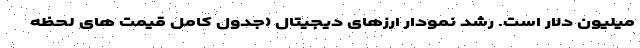
میلیون دلار است. رشد نمودار ارزهای دیجیتال (جدول کامل قیمت های لحظه